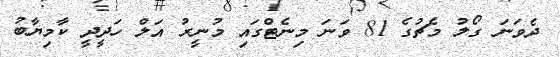
ދެވަނަ ގޯލު މެޗުގެ 81 ވަނަ މިނެޓްގައި މުނީރު އަލް ހަދީދީ ކާމިޔާބު